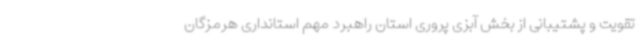
تقویت و پشتیبانی از بخش آبزی پروری استان راهبرد مهم استانداری هرمزگان